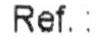
REF. :